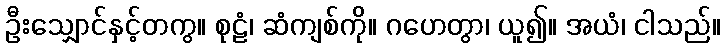
ဦးသျှောင်နှင့်တကွ။ စုဠံ၊ ဆံကျစ်ကို။ ဂဟေတွာ၊ ယူ၍။ အယံ၊ ငါသည်။